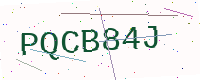
Text: PQCB84J